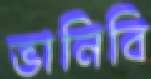
ভানিবি